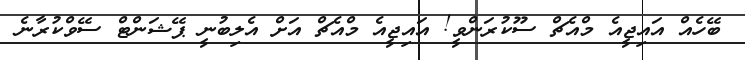
ބޭހެއް އައިޖީއެ މްއެޗް ސޫކުރަންވީ! އައިޖީއެ މްއެޗް އަށް އެލިބުނީ ޕޭޝަންޓް ސޭވްކުރާނެ